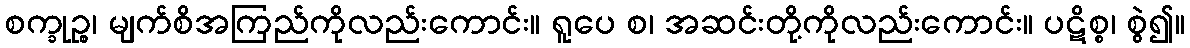
စက္ခုဉ္စ၊ မျက်စိအကြည်ကိုလည်းကောင်း။ ရူပေ စ၊ အဆင်းတို့ကိုလည်းကောင်း။ ပဋိစ္စ၊ စွဲ၍။